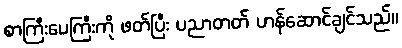
စာကြီးပေကြီးကို ဖတ်ပြီး ပညာတတ် ဟန်ဆောင်ချင်သည်။